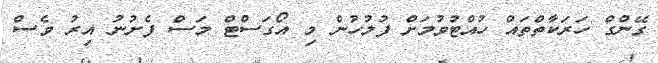
ގޭންގް ހަރަކާތްތައް ހުއްޓުވުމަށް ފުލުހުން މި އޯގަސްޓް މަސް ފެށުނު އިރު ވެސް